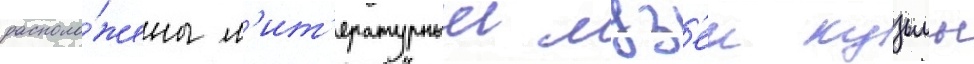
располо́жены л'ит'ературныи муз'еи кузьмы